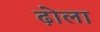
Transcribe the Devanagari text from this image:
ढ़ोला